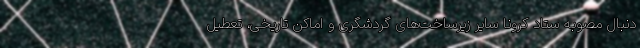
دنبال مصوبه ستاد کرونا سایر زیرساخت‌های گردشگری و اماکن تاریخی، تعطیل